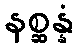
နစ္ဆန္နံ